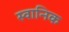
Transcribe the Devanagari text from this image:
स्वानिक